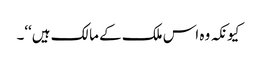
کیونکہ وہ اس ملک کے مالک ہیں‘‘۔